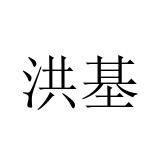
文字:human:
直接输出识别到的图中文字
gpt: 洪基